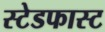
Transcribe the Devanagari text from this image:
स्टेडफास्ट